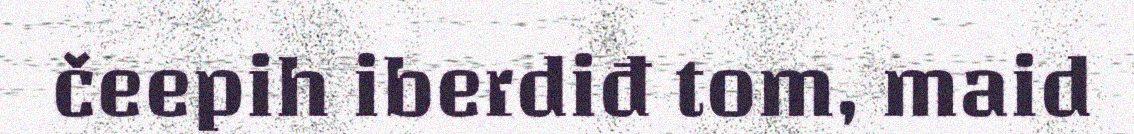
čeepih iberdiđ tom, maid